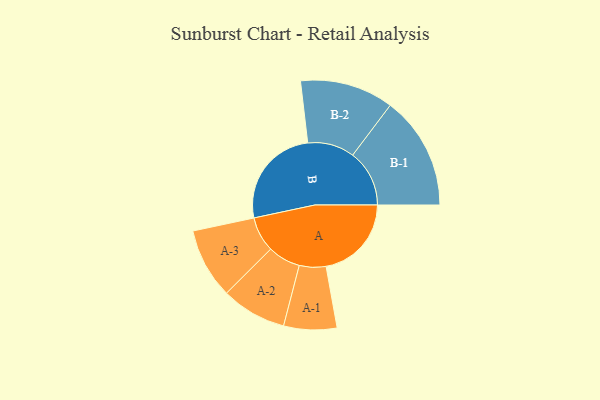
{"axis": {"x": "Segment", "y": "Value"}, "legend": ["", "A", "B"], "data": [{"x": "A", "y": 405, "type": ""}, {"x": "B", "y": 484, "type": ""}, {"x": "A-1", "y": 126, "type": "A"}, {"x": "A-2", "y": 155, "type": "A"}, {"x": "A-3", "y": 167, "type": "A"}, {"x": "B-1", "y": 269, "type": "B"}, {"x": "B-2", "y": 222, "type": "B"}]}